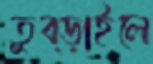
তুব্‌ড়াইলে